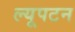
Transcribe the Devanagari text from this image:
ल्यूपटन